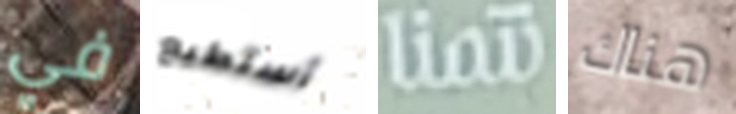
في أستطيع نتمنا هناك